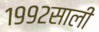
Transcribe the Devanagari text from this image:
१९९२साली